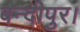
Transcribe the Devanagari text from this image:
बन्दीपुर।